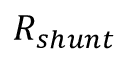
R _ { s h u n t }